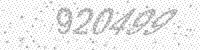
Solution: 920499